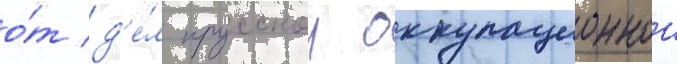
о́т д'е́л прусскои оккупационнои